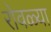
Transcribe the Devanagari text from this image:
रोवळ्या